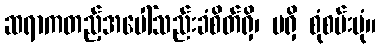
ဆရာကတည့်အပေါ်သည်းခံစိတ်ရှိ၊ မရှိ စုံစမ်းပုံ။